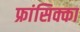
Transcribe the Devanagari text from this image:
फ्रांसिक्का